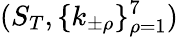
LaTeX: (S_{T},\{ k_{\pm\rho}\} _{\rho=1}^{7})